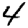
Digit: 4